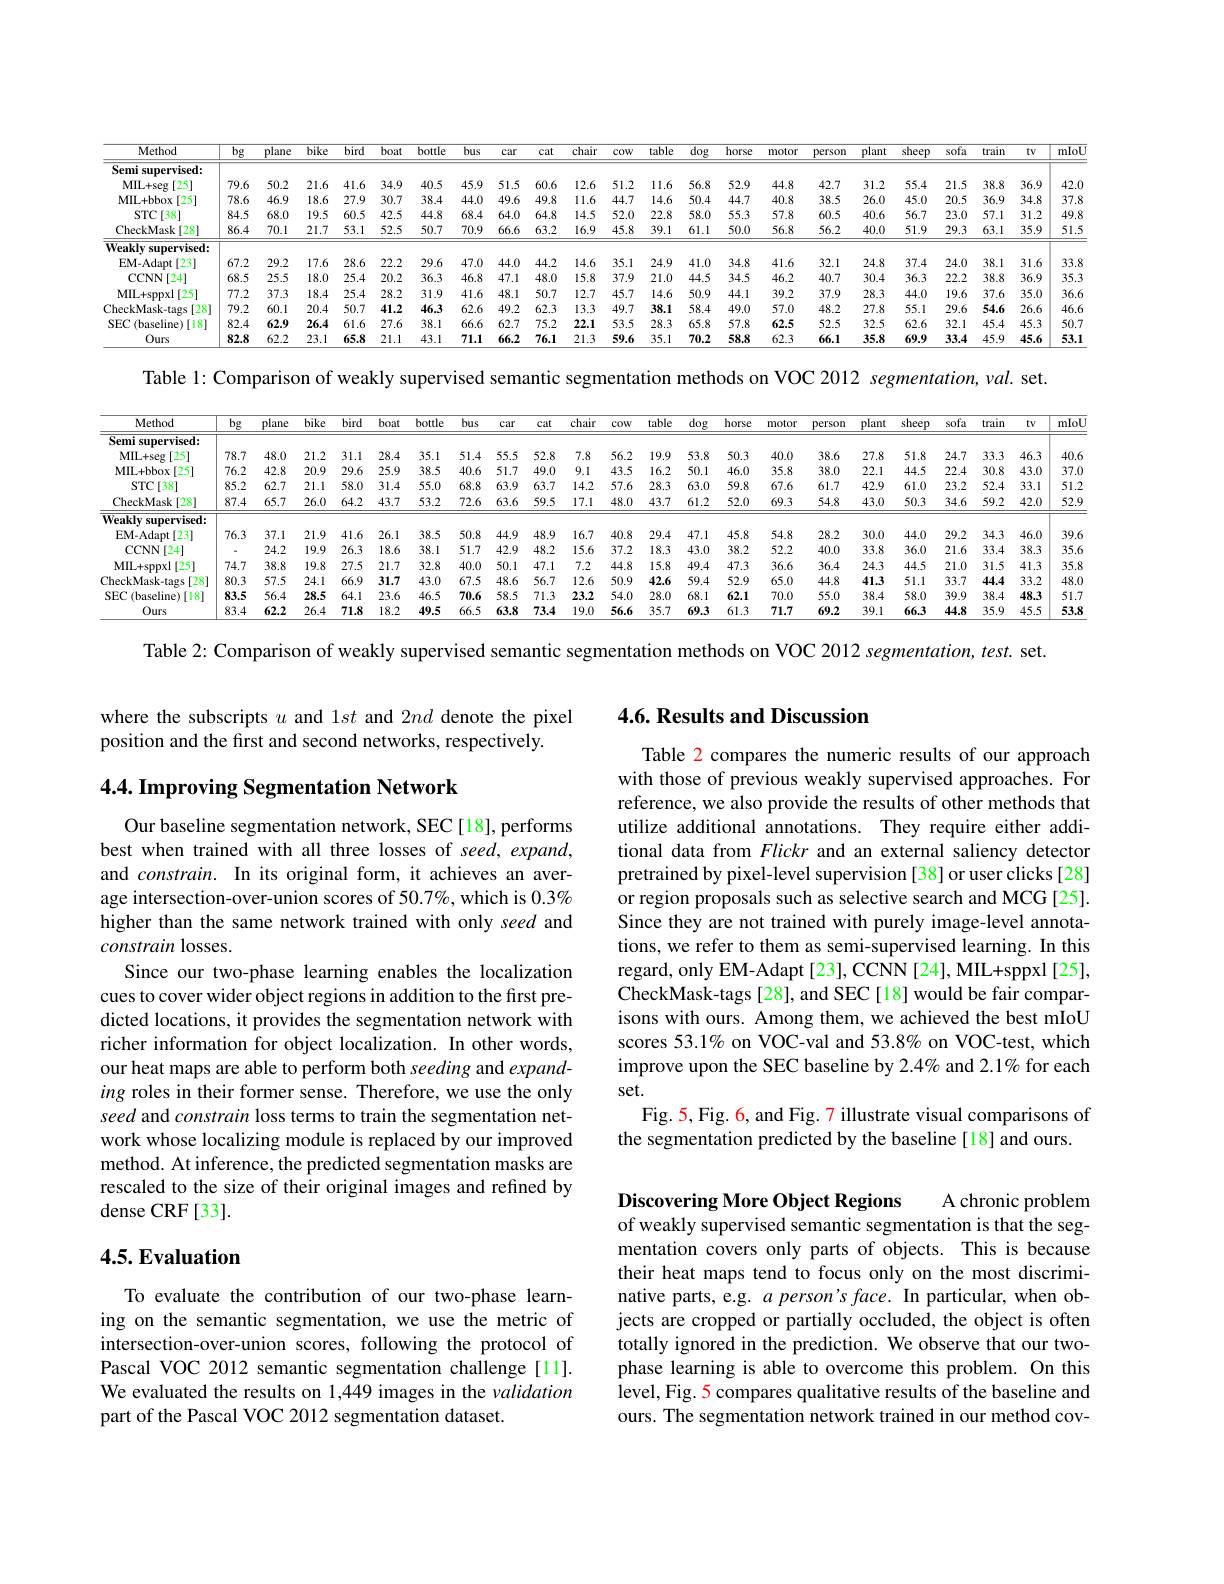
<table>
	<tbody>
		<tr>
			<th>Method</th>
			<th>$\underline{bg}$</th>
			<th>plane</th>
			<th>$\overline{bike}$</th>
			<th>$\overline{\mathrm{ird}}$ $\overline{bc}$</th>
			<th>bottle</th>
			<th>bu ttle</th>
			<th>bus</th>
			<th>car</th>
			<th>cat</th>
			<th>$\overline{\text{chair}}$</th>
			<th>cow</th>
			<th>table</th>
			<th>$\overline{\mathrm{dog}}$</th>
			<th>horse</th>
			<th>$\overline{\text{horse}}$</th>
			<th>notor $P$</th>
			<th>plar m</th>
			<th>sheej</th>
			<th>sofa $P$</th>
			<th>train</th>
			<th>$tv$</th>
			<th>mloL</th>
		</tr>
		<tr>
			<td>$Semi:$ supervised:</td>
			<td> </td>
			<td> </td>
			<td> </td>
			<td> </td>
			<td> </td>
			<td> </td>
			<td> </td>
			<td> </td>
			<td> </td>
			<td> </td>
			<td> </td>
			<td> </td>
			<td> </td>
			<td> </td>
			<td> </td>
			<td> </td>
			<td> </td>
			<td> </td>
			<td> </td>
			<td> </td>
			<td> </td>
			<td> </td>
		</tr>
		<tr>
			<td>MIL+ seg [25]</td>
			<td>79.6</td>
			<td>50.2</td>
			<td>21.6</td>
			<td>1.6 34</td>
			<td>40.5</td>
			<td>1.5 45</td>
			<td>15.9</td>
			<td>51.5</td>
			<td>60.6</td>
			<td>12.6</td>
			<td>51.2</td>
			<td>11.6 2</td>
			<td>56.8</td>
			<td>52.9</td>
			<td>52.9</td>
			<td>44.8</td>
			<td>31. 7</td>
			<td>55.4</td>
			<td>21. 1</td>
			<td>38.8</td>
			<td>36.9</td>
			<td>42.0</td>
		</tr>
		<tr>
			<td>MIL+ bbox [25]</td>
			<td>78.6</td>
			<td>46.9</td>
			<td>18.6</td>
			<td>7.9 $3C$</td>
			<td>38.4</td>
			<td>3.4 44</td>
			<td>14.0</td>
			<td>49.6</td>
			<td>49.8</td>
			<td>11.6</td>
			<td>44.7</td>
			<td>14.6</td>
			<td>50.4</td>
			<td>44.7</td>
			<td>44.7</td>
			<td>40.8</td>
			<td>26. 5</td>
			<td>45.0</td>
			<td>20..5 1</td>
			<td>36.9</td>
			<td>34.8</td>
			<td>37.8</td>
		</tr>
		<tr>
			<td>STC[ 38] </td>
			<td>84.5</td>
			<td>68.0</td>
			<td>19.5</td>
			<td>0.5 42</td>
			<td>44.8</td>
			<td>1.8 68</td>
			<td>58.4</td>
			<td>64.0</td>
			<td>64.8</td>
			<td>14.5</td>
			<td>52.0</td>
			<td>22.8 1</td>
			<td>58.0</td>
			<td>55.3 1</td>
			<td>55.3</td>
			<td>57.8</td>
			<td>40. 5</td>
			<td>56.7</td>
			<td>23.(</td>
			<td>57.1</td>
			<td>31.2</td>
			<td>49.8</td>
		</tr>
		<tr>
			<td>CheckMask :[28]</td>
			<td>86.4</td>
			<td>70.1</td>
			<td>21.7</td>
			<td>3.1 52</td>
			<td>50.7</td>
			<td>).7 70</td>
			<td>70.9</td>
			<td>66.6</td>
			<td>63.2</td>
			<td>16.9</td>
			<td>45.8</td>
			<td>39.1 K</td>
			<td>61.1</td>
			<td>50.0</td>
			<td>50.0</td>
			<td>56.8</td>
			<td>40. 2</td>
			<td>51.9</td>
			<td>29. 1</td>
			<td>63.1</td>
			<td>35.9</td>
			<td>51.5</td>
		</tr>
		<tr>
			<td>$\mathbf{Weaklvs}$ supervised:</td>
			<td> </td>
			<td> </td>
			<td> </td>
			<td> </td>
			<td> </td>
			<td> </td>
			<td> </td>
			<td> </td>
			<td> </td>
			<td> </td>
			<td> </td>
			<td> </td>
			<td> </td>
			<td> </td>
			<td> </td>
			<td> </td>
			<td> </td>
			<td> </td>
			<td> </td>
			<td> </td>
			<td> </td>
			<td> </td>
		</tr>
		<tr>
			<td>EM-Adapt [23]</td>
			<td>67.2</td>
			<td>29.2</td>
			<td>17.6</td>
			<td>8.6 222</td>
			<td>29.6</td>
			<td>9.6 47</td>
			<td>17.0</td>
			<td>44.0</td>
			<td>44.2</td>
			<td>14.6</td>
			<td>35.1</td>
			<td>24.9</td>
			<td>41.0</td>
			<td>34.8 1</td>
			<td>34.8</td>
			<td>41.6</td>
			<td>24.</td>
			<td>37.4</td>
			<td>24.(</td>
			<td>38.1</td>
			<td>31.6</td>
			<td>33.8</td>
		</tr>
		<tr>
			<td>CCNN [24] 1</td>
			<td>68.5</td>
			<td>25.5</td>
			<td>18.0</td>
			<td>5.4 $2C$</td>
			<td>36.3</td>
			<td>5.3 46</td>
			<td>16.8</td>
			<td>47.1</td>
			<td>48.0</td>
			<td>15.8</td>
			<td>37.9</td>
			<td>21.0 4</td>
			<td>44.5</td>
			<td>34.5</td>
			<td>34.5</td>
			<td>46.2</td>
			<td>30. 7</td>
			<td>36.3</td>
			<td>22.2 1</td>
			<td>38.8</td>
			<td>36.9</td>
			<td>35.3</td>
		</tr>
		<tr>
			<td>MIL+ sppxl 1[25]</td>
			<td>77.2</td>
			<td>37.3</td>
			<td>18.4</td>
			<td>5.4 28</td>
			<td>31.9</td>
			<td>1.9 41</td>
			<td>41.6</td>
			<td>48.1</td>
			<td>50.7</td>
			<td>12.7</td>
			<td>45.7</td>
			<td>14.6</td>
			<td>50.9</td>
			<td>44.1</td>
			<td>44.1</td>
			<td>39.2</td>
			<td>28. $y$</td>
			<td>44.0</td>
			<td>$19.\epsilon$ 1</td>
			<td>37.6</td>
			<td>35.0</td>
			<td>36.6</td>
		</tr>
		<tr>
			<td>CheckMask- tags [28]</td>
			<td>79.2</td>
			<td>60.1</td>
			<td>20.4</td>
			<td>0.7 41</td>
			<td>46.3</td>
			<td>$i.3$ 62</td>
			<td>52.6</td>
			<td>49.2</td>
			<td>62.3</td>
			<td>13.3</td>
			<td>49.7</td>
			<td>38.1</td>
			<td>58.4</td>
			<td>49.0</td>
			<td>49.0</td>
			<td>57.0</td>
			<td>27. 2</td>
			<td>55.1</td>
			<td>$29.\epsilon$</td>
			<td>54.6</td>
			<td>26.6</td>
			<td>46.6</td>
		</tr>
		<tr>
			<td>$SEC($ (baseline)[18]</td>
			<td>82.4</td>
			<td>62.9</td>
			<td>26.4</td>
			<td>1.6 27</td>
			<td>38.1 T</td>
			<td>66 3.1</td>
			<td>56.6</td>
			<td>62.7</td>
			<td>75.2</td>
			<td>22.1</td>
			<td>53.5</td>
			<td>28.3 1</td>
			<td>65.8</td>
			<td>57.8</td>
			<td>57.8</td>
			<td>62.5</td>
			<td>32. 5</td>
			<td>62.6</td>
			<td>32.1 7 </td>
			<td>45.4</td>
			<td>45.3</td>
			<td>50.7</td>
		</tr>
		<tr>
			<td>Ours</td>
			<td>82.8</td>
			<td>62.2</td>
			<td>23.1 $\textbf{( }$</td>
			<td>5.8 21</td>
			<td>43.1</td>
			<td>71 3.1</td>
			<td>71.1</td>
			<td>66.2</td>
			<td>76.1</td>
			<td>21.3</td>
			<td>59.6</td>
			<td>35.1 5</td>
			<td>70.2</td>
			<td>58.8</td>
			<td>58.8</td>
			<td>62.3</td>
			<td>35.</td>
			<td>69.9</td>
			<td>33.4 1</td>
			<td>45.9</td>
			<td>45.6</td>
			<td>53.1</td>
		</tr>
	</tbody>
</table>

Table l: Comparison of weakly supervised semantic segmentation methods on VOC 2012 segmentation, val. set.

<table>
	<tbody>
		<tr>
			<th>Method</th>
			<th>$bg$</th>
			<th>plane</th>
			<th>bike</th>
			<th>sird $b.$</th>
			<th>bott at</th>
			<th>bu tle</th>
			<th>bus</th>
			<th>bus</th>
			<th>car</th>
			<th>cat</th>
			<th>chair</th>
			<th>cow</th>
			<th>table</th>
			<th>$\deg$</th>
			<th>horse</th>
			<th>horse</th>
			<th>motor |</th>
			<th>plar $m$</th>
			<th>sheep</th>
			<th>sofa $p$</th>
			<th>train</th>
			<th>$tv$</th>
			<th>mIoL</th>
		</tr>
		<tr>
			<td>Semi supervised:</td>
			<td> </td>
			<td> </td>
			<td> </td>
			<td> </td>
			<td> </td>
			<td> </td>
			<td> </td>
			<td> </td>
			<td> </td>
			<td> </td>
			<td> </td>
			<td> </td>
			<td> </td>
			<td> </td>
			<td> </td>
			<td> </td>
			<td> </td>
			<td> </td>
			<td> </td>
			<td> </td>
			<td> </td>
			<td> </td>
			<td> </td>
		</tr>
		<tr>
			<td>MIL+ seg [25]</td>
			<td>78.7</td>
			<td>48.0</td>
			<td>21.2</td>
			<td>$i1.1$ 2:</td>
			<td>4 35.</td>
			<td>.1 51</td>
			<td>51.4</td>
			<td>51.4 5</td>
			<td>55.5</td>
			<td>52.8</td>
			<td>7.8</td>
			<td>56.2</td>
			<td>19.9</td>
			<td>53.8</td>
			<td>50.3</td>
			<td>50.3</td>
			<td>40.0</td>
			<td>5 27.</td>
			<td>51.8</td>
			<td>24.7</td>
			<td>33.3</td>
			<td>46.3</td>
			<td>40.6</td>
		</tr>
		<tr>
			<td>MIL+ bbox [25]</td>
			<td>76.2</td>
			<td>42.8</td>
			<td>20.9</td>
			<td>:9.6 2.</td>
			<td>9 38.</td>
			<td>.5 40</td>
			<td>40.6</td>
			<td>10.6</td>
			<td>51.7</td>
			<td>49.0</td>
			<td>9.1</td>
			<td>43.5</td>
			<td>16.2</td>
			<td>50.1</td>
			<td>46.0</td>
			<td>46.0</td>
			<td>35.8</td>
			<td>22. $j$</td>
			<td>44.5</td>
			<td>22.2</td>
			<td>30.8</td>
			<td>43.0</td>
			<td>37.0</td>
		</tr>
		<tr>
			<td>STC[ 38] </td>
			<td>85.2</td>
			<td>62.7</td>
			<td>21.1</td>
			<td>:8.0 3</td>
			<td>55. 4</td>
			<td>68 $\therefore0$</td>
			<td>68.8</td>
			<td>58.8</td>
			<td>63.9</td>
			<td>63.7</td>
			<td>14.2</td>
			<td>57.6</td>
			<td>28.3</td>
			<td>63.0</td>
			<td>59.8</td>
			<td>59.8</td>
			<td>67.6</td>
			<td>42. 7</td>
			<td>61.0</td>
			<td>23.2</td>
			<td>52.4</td>
			<td>33.1</td>
			<td>51.2</td>
		</tr>
		<tr>
			<td>CheckMask :[28]</td>
			<td>87.4</td>
			<td>65.7</td>
			<td>26.0</td>
			<td>$i4.2$ 4.</td>
			<td>7 53.</td>
			<td>.2 72</td>
			<td>72.6</td>
			<td>72.6</td>
			<td>63.6</td>
			<td>59.5</td>
			<td>17.1</td>
			<td>48.0</td>
			<td>43.7</td>
			<td>61.2</td>
			<td>52.0</td>
			<td>52.0</td>
			<td>69.3</td>
			<td>43. 3</td>
			<td>50.3</td>
			<td>$34.\epsilon$</td>
			<td>59.2</td>
			<td>42.0</td>
			<td>52.9</td>
		</tr>
		<tr>
			<td>$\mathbf{Weaklv}$ supervised:</td>
			<td> </td>
			<td> </td>
			<td> </td>
			<td> </td>
			<td> </td>
			<td> </td>
			<td> </td>
			<td> </td>
			<td> </td>
			<td> </td>
			<td> </td>
			<td> </td>
			<td> </td>
			<td> </td>
			<td> </td>
			<td> </td>
			<td> </td>
			<td> </td>
			<td> </td>
			<td> </td>
			<td> </td>
			<td> </td>
			<td> </td>
		</tr>
		<tr>
			<td>EM-Adapt [23]</td>
			<td>76.3</td>
			<td>37.1</td>
			<td>21.9</td>
			<td>.1.6 21</td>
			<td>38. 1</td>
			<td>.5 50</td>
			<td>50.8</td>
			<td>50.8</td>
			<td>44.9</td>
			<td>48.9</td>
			<td>16.7</td>
			<td>40.8</td>
			<td>29.4</td>
			<td>47.1</td>
			<td>45.8</td>
			<td>45.8</td>
			<td>54.8</td>
			<td>30.4 2</td>
			<td>44.0</td>
			<td>29.2</td>
			<td>34.3</td>
			<td>46.0</td>
			<td>39.6</td>
		</tr>
		<tr>
			<td>CCNN 1[[24]</td>
			<td> </td>
			<td>24.2</td>
			<td>19.9</td>
			<td>:6.3 1:</td>
			<td>38. 6</td>
			<td>.1 51 </td>
			<td>51.7</td>
			<td>51.7</td>
			<td>42.9</td>
			<td>48.2</td>
			<td>15.6</td>
			<td>37.2</td>
			<td>18.3</td>
			<td>43.0</td>
			<td>38.2</td>
			<td>38.2</td>
			<td>52.2</td>
			<td>33. $j$</td>
			<td>36.0</td>
			<td>21. $f$ </td>
			<td>33.4</td>
			<td>38.3</td>
			<td>35.6</td>
		</tr>
		<tr>
			<td>MIL+ sppxl [25]</td>
			<td>74.7</td>
			<td>38.8</td>
			<td>19.8</td>
			<td>:7.5 2</td>
			<td>7 32.</td>
			<td>$\therefore8$ 40</td>
			<td>40.0</td>
			<td>10.0</td>
			<td>50.1</td>
			<td>47.1</td>
			<td>7.2</td>
			<td>44.8</td>
			<td>15.8</td>
			<td>49.4</td>
			<td>47.3</td>
			<td>47.3</td>
			<td>36.6</td>
			<td>24. 1</td>
			<td>44.5</td>
			<td>$21.C$</td>
			<td>31.5</td>
			<td>41.3</td>
			<td>35.8</td>
		</tr>
		<tr>
			<td>CheckMask- tags $\lceil28\rceil$</td>
			<td>80.3</td>
			<td>57.5</td>
			<td>24.1</td>
			<td>$i6.9$ 3</td>
			<td>7 43</td>
			<td>.0 67</td>
			<td>67.5</td>
			<td>57.5</td>
			<td>48.6</td>
			<td>56.7</td>
			<td>12.6</td>
			<td>50.9</td>
			<td>42.6</td>
			<td>59.4</td>
			<td>52.9</td>
			<td>52.9</td>
			<td>65.0</td>
			<td>41. 3</td>
			<td>51.1</td>
			<td>33.7</td>
			<td>44.4</td>
			<td>33.2</td>
			<td>48.0</td>
		</tr>
		<tr>
			<td>$SEC$ 一个 (baseline)[18]</td>
			<td>83.5</td>
			<td>56.4</td>
			<td>28.5</td>
			<td>$i4.1$ 2</td>
			<td>6 46.</td>
			<td>.5 70</td>
			<td>70.6</td>
			<td>70.6 $k$ -</td>
			<td>58.5</td>
			<td>71.3</td>
			<td>23.2</td>
			<td>54.0</td>
			<td>28.0</td>
			<td>68.1</td>
			<td>62.1</td>
			<td>62.1</td>
			<td>70.0</td>
			<td>38. $j$</td>
			<td>58.0</td>
			<td>39.5</td>
			<td>38.4</td>
			<td>48.3</td>
			<td>51.7</td>
		</tr>
		<tr>
			<td>Ours</td>
			<td>83.4</td>
			<td>62.2</td>
			<td>26.4</td>
			<td>1.8 1:</td>
			<td>2 49</td>
			<td>1.5 $6\epsilon$</td>
			<td>66.5</td>
			<td>56.5</td>
			<td>63.8</td>
			<td>73.4</td>
			<td>19.0</td>
			<td>56.6</td>
			<td>35.7</td>
			<td>69.3</td>
			<td>61.3</td>
			<td>61.3</td>
			<td>71.7</td>
			<td>39. 2</td>
			<td>66.3</td>
			<td>44.8</td>
			<td>35.9</td>
			<td>45.5</td>
			<td>53.8</td>
		</tr>
	</tbody>
</table>

Table 2: Comparison of weakly supervised semantic segmentation methods on VOC 2012 segmentation, test. set.

where the subscripts $u$ and 1$st$ and 2$nd$ denote the pixel
position and the first and second networks, respectively.

4.4. Improving Segmentation Network

Our baseline segmentation network, SEC[18], performs best when trained with all three losses of seed, expand, and $constrain.$ In its original form, it achieves an average intersection-over-union scores of 50.7%, which is 0.3% higher than the same network trained with only seed and constrain losses.
Since our two-phase learning enables the localization cues to cover wider object regions in addition to the first predicted locations, it provides the segmentation network with richer information for object localization. In other words, our heat maps are able to perform both seeding and expanding roles in their former sense. Therefore, we use the only seed and constrain loss terms to train the segmentation network whose localizing module is replaced by our improved method. At inference, the predicted segmentation masks are rescaled to the size of their original images and refined by dense CRF[33].

## 4.5. Evaluation

To evaluate the contribution of our two-phase learning on the semantic segmentation, we use the metric of intersection-over-union scores, following the protocol of Pascal VOC 2012 semantic segmentation challenge[11]. We evaluated the results on 1,449 images in the validation part of the Pascal VOC 2012 segmentation dataset.

## 4.6. Results and Discussion

Table 2 compares the numeric results of our approach with those of previous weakly supervised approaches. For reference, we also provide the results of other methods that utilize additional annotations. They require either additional data from Flickr and an external saliency detector pretrained by pixel-level supervision [38] or user clicks [28] or region proposals such as selective search and MCG [25]. Since they are not trained with purely image-level annotations, we refer to them as semi-supervised learning. In this regard, only EM-Adapt [23], CCNN [24], MIL+sppxl [25], CheckMask-tags[28], and SEC[18] would be fair comparisons with ours. Among them, we achieved the best mIoU scores 53.1% on VOC-val and 53.8% on VOC-test, which improve upon the SEC baseline by 2.4% and 2.1% for each set.
Fig. 5, Fig. 6, and Fig. 7 illustrate visual comparisons of
the segmentation predicted by the baseline[18] and ours

Discovering More Object Regions
of weakly supervised semantic segmentation is that the seg-

A chronic problem
mentation covers only parts of objects. This is because their heat maps tend to focus only on the most discriminative parts, e.g. $a$ person's face. In particular, when objects are cropped or partially occluded, the object is often totally ignored in the prediction. We observe that our twophase learning is able to overcome this problem. On this level, Fig. 5 compares qualitative results of the baseline and ours. The segmentation network trained in our method cov-